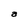
Character: a